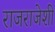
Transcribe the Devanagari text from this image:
राजराजेशी